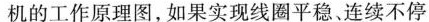
机的工作原理图，如果实现线圈平稳,连续不停